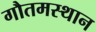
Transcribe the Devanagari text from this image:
गौतमस्थान